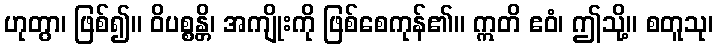
ဟုတွာ၊ ဖြစ်၍။ ဝိပစ္စန္တိ၊ အကျိုးကို ဖြစ်စေကုန်၏။ ဣတိ ဧဝံ၊ ဤသို့။ စတူသု၊